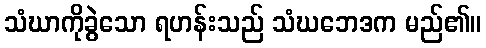
သံဃာကိုခွဲသော ရဟန်းသည် သံဃဘေဒက မည်၏။